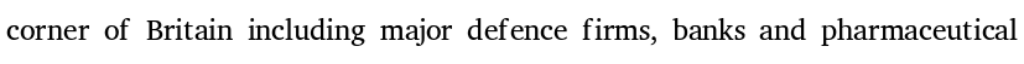
corner of Britain including major defence firms, banks and pharmaceutical